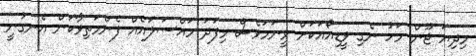
މިދިޔަ ޖޫން މަހު ނެގި ވީޑިއޯއަކަށް ވީނަމަވެސް މިފަދަ މައްސަލައެއް ފެންމަތިވާކަން އެނގުނީ